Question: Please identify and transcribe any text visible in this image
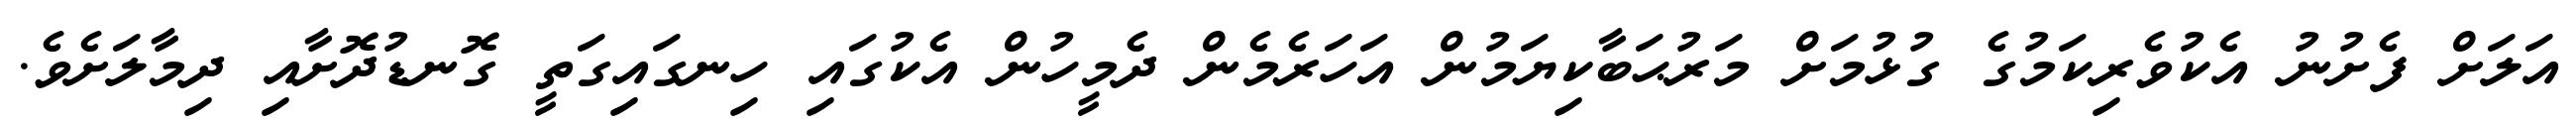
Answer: އަލަށް ފެށުނު އެކުވެރިކަމުގެ ގުޅުމަށް މަރުޙަބާކިޔަމުން އަހަރެމެން ދެމީހުން އެކުގައި ހިނގައިގަތީ ގޮނޑުދޮށާއި ދިމާލަށެވެ.